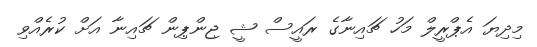
މިދިޔަ އެޕްރީލް މަހު ޗައިނާގެ ރައީސް ޝީ ޖިންޕިން ޗައިނާ އަށް ކުރެއްވި